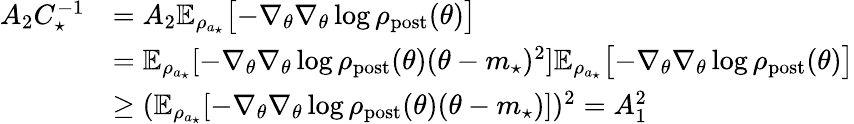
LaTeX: \begin{array}{rl}{A_{2}C_{\star}^{-1}}&{=A_{2}\mathbb{E}_{\rho_{a_{\star}}}\bigl[-\nabla_{\theta}\nabla_{\theta}\log\rho_{\mathrm{post}}(\theta)\bigr]}\\ &{=\mathbb{E}_{\rho_{a_{\star}}}[-\nabla_{\theta}\nabla_{\theta}\log\rho_{\mathrm{post}}(\theta)(\theta-m_{\star})^{2}]\mathbb{E}_{\rho_{a_{\star}}}\bigl[-\nabla_{\theta}\nabla_{\theta}\log\rho_{\mathrm{post}}(\theta)\bigr]}\\ &{\geq(\mathbb{E}_{\rho_{a_{\star}}}[-\nabla_{\theta}\nabla_{\theta}\log\rho_{\mathrm{post}}(\theta)(\theta-m_{\star})])^{2}=A_{1}^{2}}\end{array}